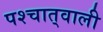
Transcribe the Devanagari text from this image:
पश्चात्‌वाली